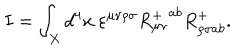
I = \int _ { X } d ^ { 4 } x \ \varepsilon ^ { \mu \nu \rho \sigma } { R _ { \mu \nu } ^ { + } } ^ { a b } R _ { \rho \sigma a b } ^ { + } .